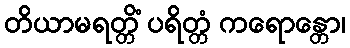
တိယာမရတ္တိံ ပရိတ္တံ ကရောန္တော၊